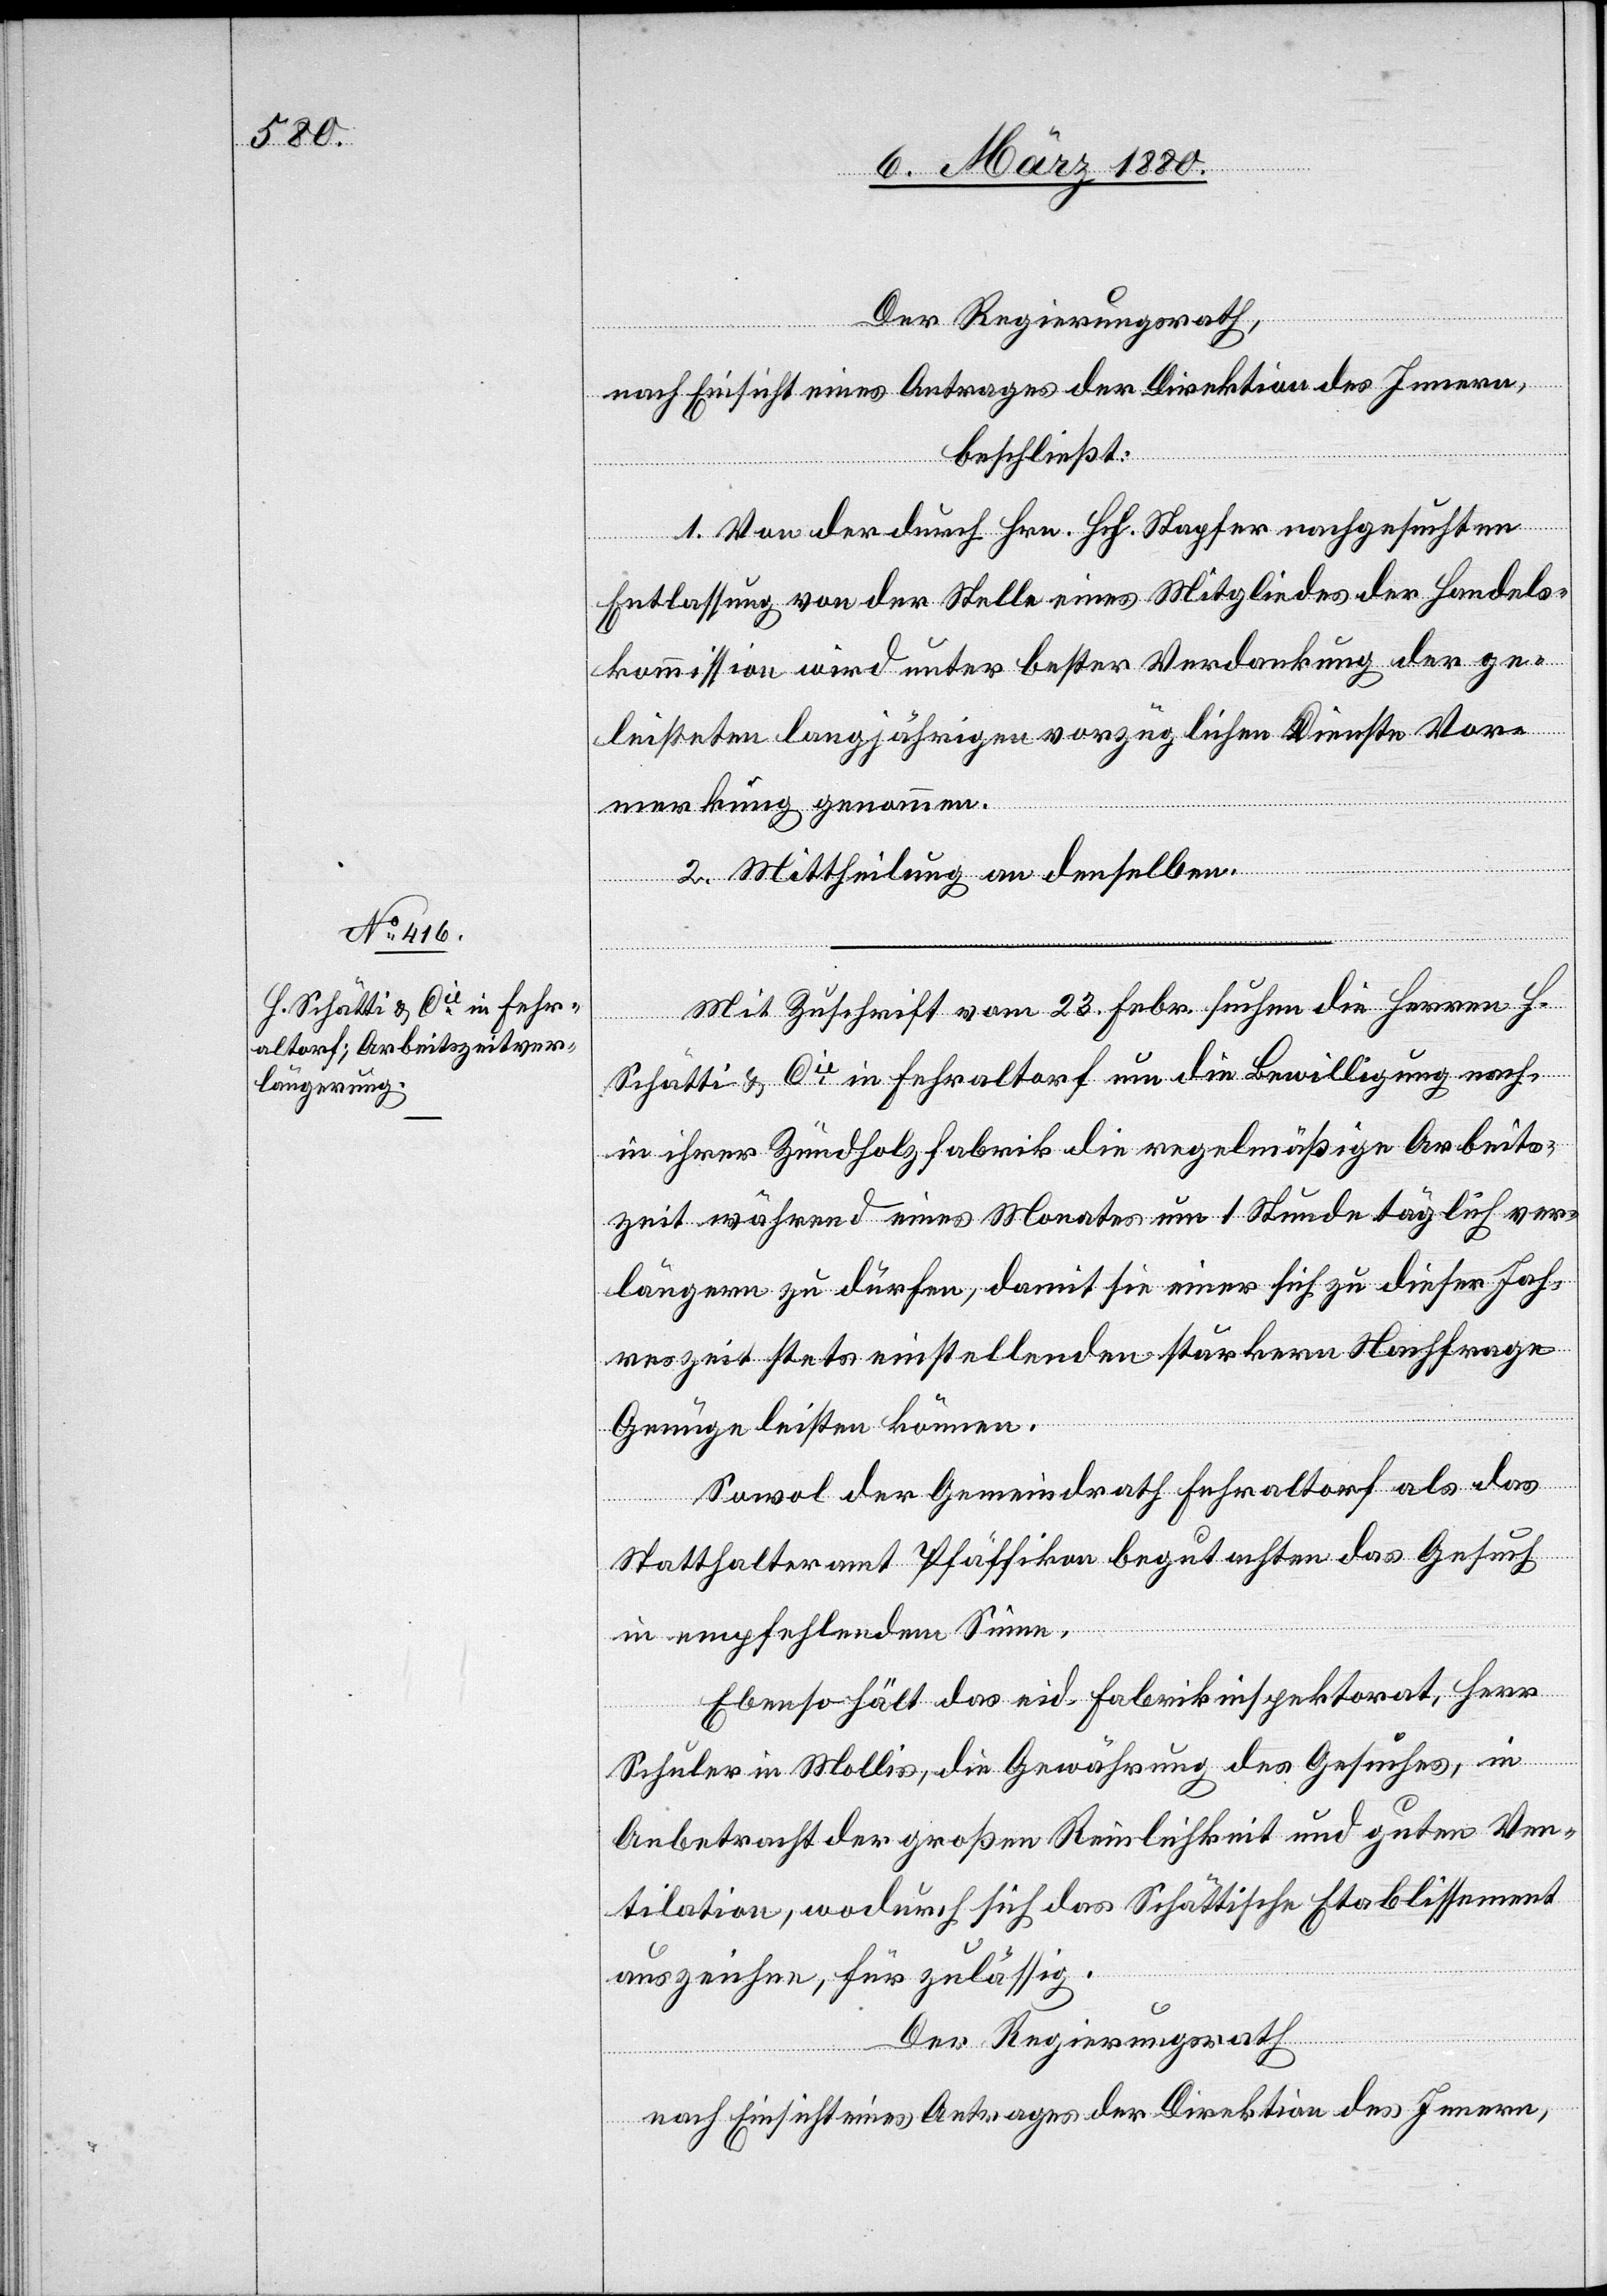
Der Regierungsrath,
nach Einsicht eines Antrages der Direktion des Innern,
beschließt:
1. Von der durch Hrn. Hch. Stapfer nachgesuchten
Entlassung von der Stelle eines Mitgliedes der Handels¬
kommission wird unter bester Verdankung der ge¬
leisteten langjährigen vorzüglichen Dienste Vor¬
merkung genommen.
2. Mittheilung an denselben.
Mit Zuschrift vom 23. Febr. suchen die Herren H.
Schätti & Cie in Fehraltorf um die Bewilligung nach,
in ihrer Zündholzfabrik die regelmäßige Arbeits¬
zeit während eines Monates um 1 Stunde täglich ver¬
längern zu dürfen, damit sie einer sich zu dieser Jah¬
reszeit stets einstellenden stärkern Nachfrage
Genüge leisten können.
Sowol der Gemeindrath Fehraltorf als das
Statthalteramt Pfäffikon begutachten das Gesuch
in empfehlendem Sinne.
Ebenso hält das eid. Fabrikinspektorat, Herr
Schuler in Mollis, die Gewährung des Gesuches, in
Anbetracht der großen Reinlichkeit und guten Ven¬
tilation, wodurch sich das Schättische Etablissement
auszeichne, für zulässig.
Der Regierungsrath,
nach Einsicht eines Antrages der Direktion des Innern,